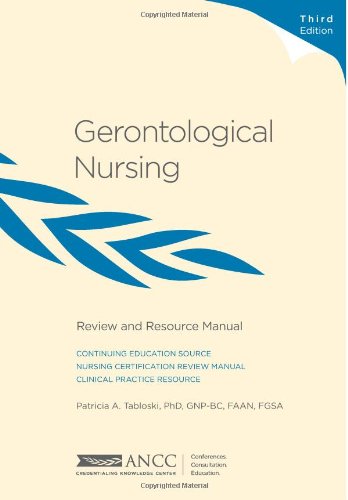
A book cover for Gerontological Nursing: Review and Resource Manual; G, Patricia A. Tabloski PhD; Medical Books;